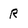
Character: R